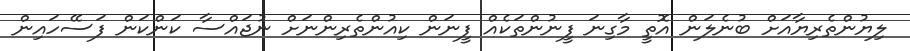
ލިޔުންތެރިޔާއަށް ބުނެލަން އޮތީ މާގިނަ ފީނުންތަކެއް ފީނަން ކިއުންތެރިންނަށް ނުޖައްސާ ކަންކަން ފަސޭހައިން